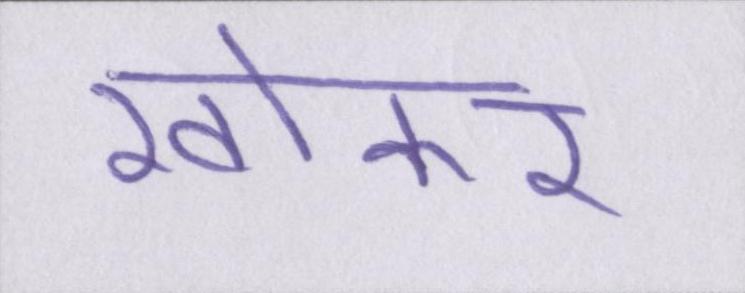
खोकर